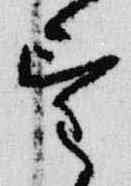
望